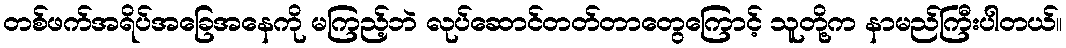
တစ်ဖက်အရိပ်အခြေအနေကို မကြည့်ဘဲ လုပ်ဆောင်တတ်တာတွေကြောင့် သူတို့က နာမည်ကြီးပါတယ်။